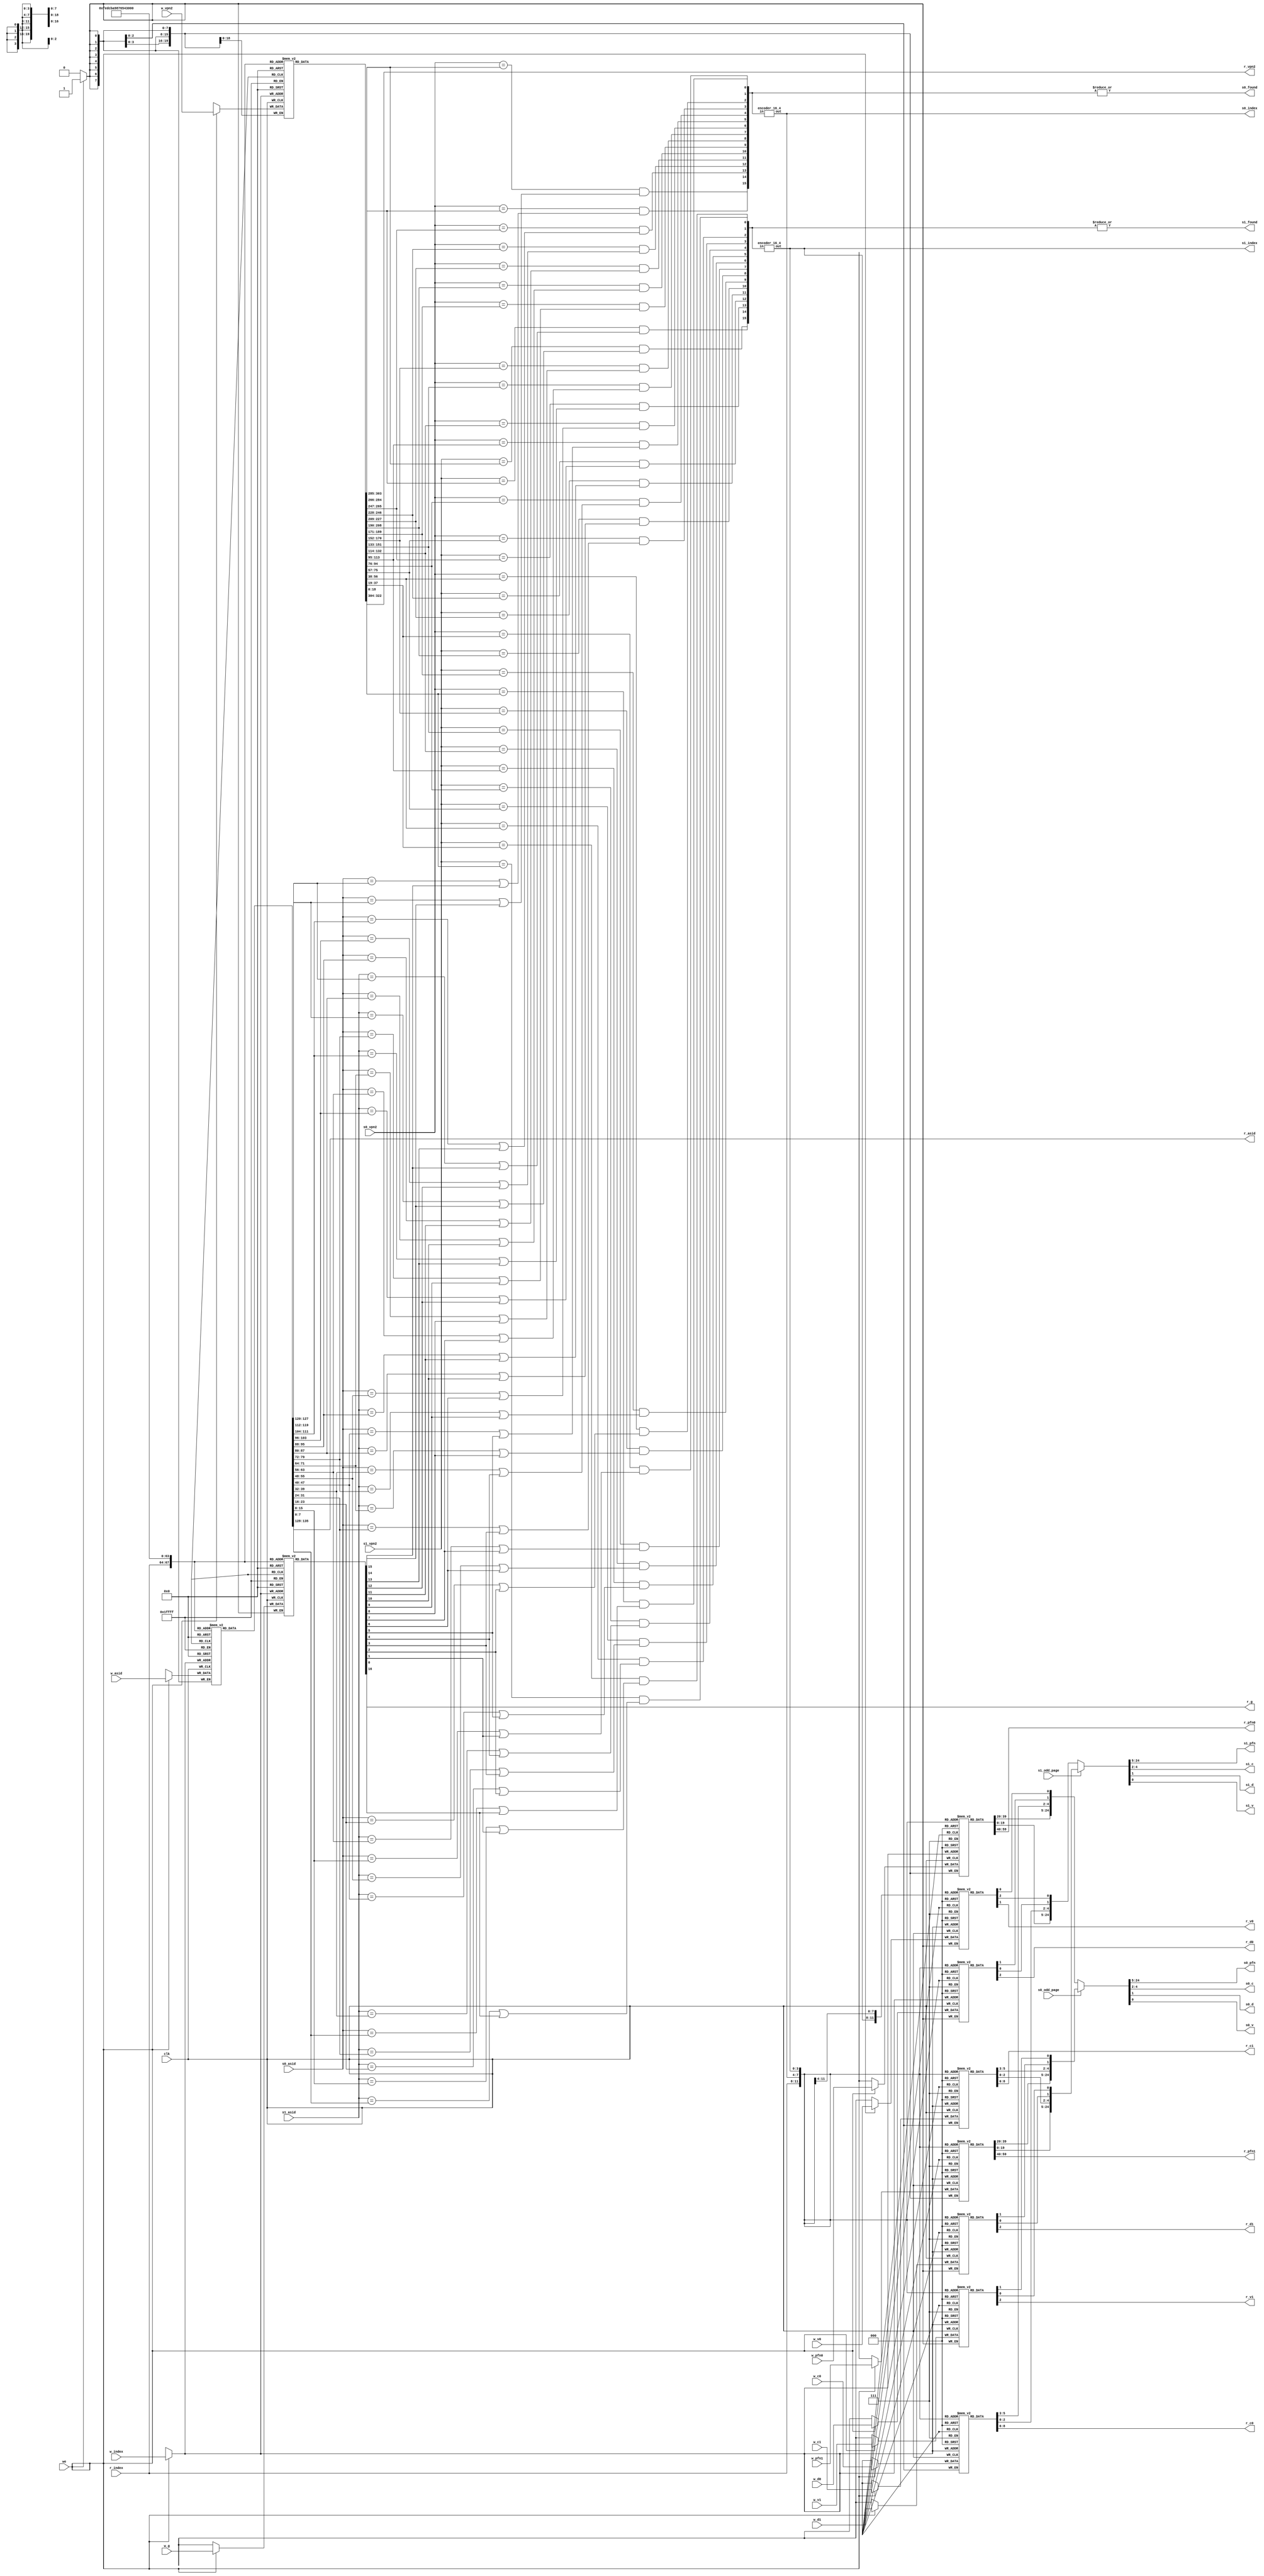
module tlb
#(parameter TLBNUM = 16)
(
    input                       clk        ,
    // search port 0
    input  [              18:0] s0_vpn2    ,
    input                       s0_odd_page,
    input  [               7:0] s0_asid    ,
    output                      s0_found   ,
    output [$clog2(TLBNUM)-1:0] s0_index   ,
    output [              19:0] s0_pfn     ,
    output [               2:0] s0_c       ,
    output                      s0_d       ,
    output                      s0_v       ,
    // search port 1
    input  [              18:0] s1_vpn2    ,
    input                       s1_odd_page,
    input  [               7:0] s1_asid    ,
    output                      s1_found   ,
    output [$clog2(TLBNUM)-1:0] s1_index   ,
    output [              19:0] s1_pfn     ,
    output [               2:0] s1_c       ,
    output                      s1_d       ,
    output                      s1_v       ,
    // write port
    input                       we         ,
    input  [$clog2(TLBNUM)-1:0] w_index    ,
    input  [              18:0] w_vpn2     ,
    input  [               7:0] w_asid     ,
    input                       w_g        ,
    input  [              19:0] w_pfn0     ,
    input  [               2:0] w_c0       ,
    input                       w_d0       ,
    input                       w_v0       ,
    input  [              19:0] w_pfn1     ,
    input  [               2:0] w_c1       ,
    input                       w_d1       ,
    input                       w_v1       ,
    // read port
    input  [$clog2(TLBNUM)-1:0] r_index    ,
    output [              18:0] r_vpn2     ,
    output [               7:0] r_asid     ,
    output                      r_g        ,
    output [              19:0] r_pfn0     ,
    output [               2:0] r_c0       ,
    output                      r_d0       ,
    output                      r_v0       ,
    output [              19:0] r_pfn1     ,
    output [               2:0] r_c1       ,
    output                      r_d1       ,
    output                      r_v1      );

/* DECLARATION */

// TLB REGs
reg [               18:0] tlb_vpn2 [TLBNUM-1:0];
reg [                7:0] tlb_asid [TLBNUM-1:0];
reg                       tlb_g    [TLBNUM-1:0];
reg [               19:0] tlb_pfn0 [TLBNUM-1:0]; // even entry
reg [                2:0] tlb_c0   [TLBNUM-1:0];
reg                       tlb_d0   [TLBNUM-1:0];
reg                       tlb_v0   [TLBNUM-1:0];
reg [               19:0] tlb_pfn1 [TLBNUM-1:0]; // odd entry
reg [                2:0] tlb_c1   [TLBNUM-1:0];
reg                       tlb_d1   [TLBNUM-1:0];
reg                       tlb_v1   [TLBNUM-1:0];
// sp0
wire [        TLBNUM-1:0] s_match0;
wire [$clog2(TLBNUM)-1:0] s_index0;
// sp1
wire [        TLBNUM-1:0] s_match1;
wire [$clog2(TLBNUM)-1:0] s_index1;

/* LOGIC */

// sp0
assign s0_found =|s_match0;
assign s0_index = s_index0;
assign {s0_pfn, s0_c, s0_d, s0_v}
                = s0_odd_page ? {tlb_pfn1[s_index0],
                                 tlb_c1  [s_index0],
                                 tlb_d1  [s_index0],
                                 tlb_v1  [s_index0]}
                              : {tlb_pfn0[s_index0],
                                 tlb_c0  [s_index0],
                                 tlb_d0  [s_index0],
                                 tlb_v0  [s_index0]};

// sp1
assign s1_found =|s_match1;
assign s1_index = s_index1;
assign {s1_pfn, s1_c, s1_d, s1_v}
                = s1_odd_page ? {tlb_pfn1[s_index1],
                                 tlb_c1  [s_index1],
                                 tlb_d1  [s_index1],
                                 tlb_v1  [s_index1]}
                              : {tlb_pfn0[s_index1],
                                 tlb_c0  [s_index1],
                                 tlb_d0  [s_index1],
                                 tlb_v0  [s_index1]};

// wp
always @(posedge clk) begin
    if (we) begin
        tlb_vpn2[w_index] <= w_vpn2;
        tlb_asid[w_index] <= w_asid;
        tlb_g   [w_index] <= w_g   ;
        tlb_pfn0[w_index] <= w_pfn0; // even
        tlb_c0  [w_index] <= w_c0  ;
        tlb_d0  [w_index] <= w_d0  ;
        tlb_v0  [w_index] <= w_v0  ;
        tlb_pfn1[w_index] <= w_pfn1; // odd
        tlb_c1  [w_index] <= w_c1  ;
        tlb_d1  [w_index] <= w_d1  ;
        tlb_v1  [w_index] <= w_v1  ;
    end
end

// rp
assign {r_vpn2, r_asid, r_g} = {
        tlb_vpn2[r_index],
        tlb_asid[r_index],
        tlb_g   [r_index]
};
assign {r_pfn0, r_c0, r_d0, r_v0,
        r_pfn1, r_c1, r_d1, r_v1} = {
        tlb_pfn0[r_index], // even
        tlb_c0  [r_index],
        tlb_d0  [r_index],
        tlb_v0  [r_index],
        tlb_pfn1[r_index], // odd
        tlb_c1  [r_index],
        tlb_d1  [r_index],
        tlb_v1  [r_index]
};

/* Enc & Dec */
// sp0
assign s_match0 = {
    (s0_vpn2==tlb_vpn2[15]) && ((s0_asid==tlb_asid[15]) || tlb_g[15]),
    (s0_vpn2==tlb_vpn2[14]) && ((s0_asid==tlb_asid[14]) || tlb_g[14]),
    (s0_vpn2==tlb_vpn2[13]) && ((s0_asid==tlb_asid[13]) || tlb_g[13]),
    (s0_vpn2==tlb_vpn2[12]) && ((s0_asid==tlb_asid[12]) || tlb_g[12]),
    (s0_vpn2==tlb_vpn2[11]) && ((s0_asid==tlb_asid[11]) || tlb_g[11]),
    (s0_vpn2==tlb_vpn2[10]) && ((s0_asid==tlb_asid[10]) || tlb_g[10]),
    (s0_vpn2==tlb_vpn2[ 9]) && ((s0_asid==tlb_asid[ 9]) || tlb_g[ 9]),
    (s0_vpn2==tlb_vpn2[ 8]) && ((s0_asid==tlb_asid[ 8]) || tlb_g[ 8]),
    (s0_vpn2==tlb_vpn2[ 7]) && ((s0_asid==tlb_asid[ 7]) || tlb_g[ 7]),
    (s0_vpn2==tlb_vpn2[ 6]) && ((s0_asid==tlb_asid[ 6]) || tlb_g[ 6]),
    (s0_vpn2==tlb_vpn2[ 5]) && ((s0_asid==tlb_asid[ 5]) || tlb_g[ 5]),
    (s0_vpn2==tlb_vpn2[ 4]) && ((s0_asid==tlb_asid[ 4]) || tlb_g[ 4]),
    (s0_vpn2==tlb_vpn2[ 3]) && ((s0_asid==tlb_asid[ 3]) || tlb_g[ 3]),
    (s0_vpn2==tlb_vpn2[ 2]) && ((s0_asid==tlb_asid[ 2]) || tlb_g[ 2]),
    (s0_vpn2==tlb_vpn2[ 1]) && ((s0_asid==tlb_asid[ 1]) || tlb_g[ 1]),
    (s0_vpn2==tlb_vpn2[ 0]) && ((s0_asid==tlb_asid[ 0]) || tlb_g[ 0])
};
encoder_16_4 u_enc0(.in(s_match0), .out(s_index0));
// sp1
assign s_match1 = {
    (s1_vpn2==tlb_vpn2[15]) && ((s1_asid==tlb_asid[15]) || tlb_g[15]),
    (s1_vpn2==tlb_vpn2[14]) && ((s1_asid==tlb_asid[14]) || tlb_g[14]),
    (s1_vpn2==tlb_vpn2[13]) && ((s1_asid==tlb_asid[13]) || tlb_g[13]),
    (s1_vpn2==tlb_vpn2[12]) && ((s1_asid==tlb_asid[12]) || tlb_g[12]),
    (s1_vpn2==tlb_vpn2[11]) && ((s1_asid==tlb_asid[11]) || tlb_g[11]),
    (s1_vpn2==tlb_vpn2[10]) && ((s1_asid==tlb_asid[10]) || tlb_g[10]),
    (s1_vpn2==tlb_vpn2[ 9]) && ((s1_asid==tlb_asid[ 9]) || tlb_g[ 9]),
    (s1_vpn2==tlb_vpn2[ 8]) && ((s1_asid==tlb_asid[ 8]) || tlb_g[ 8]),
    (s1_vpn2==tlb_vpn2[ 7]) && ((s1_asid==tlb_asid[ 7]) || tlb_g[ 7]),
    (s1_vpn2==tlb_vpn2[ 6]) && ((s1_asid==tlb_asid[ 6]) || tlb_g[ 6]),
    (s1_vpn2==tlb_vpn2[ 5]) && ((s1_asid==tlb_asid[ 5]) || tlb_g[ 5]),
    (s1_vpn2==tlb_vpn2[ 4]) && ((s1_asid==tlb_asid[ 4]) || tlb_g[ 4]),
    (s1_vpn2==tlb_vpn2[ 3]) && ((s1_asid==tlb_asid[ 3]) || tlb_g[ 3]),
    (s1_vpn2==tlb_vpn2[ 2]) && ((s1_asid==tlb_asid[ 2]) || tlb_g[ 2]),
    (s1_vpn2==tlb_vpn2[ 1]) && ((s1_asid==tlb_asid[ 1]) || tlb_g[ 1]),
    (s1_vpn2==tlb_vpn2[ 0]) && ((s1_asid==tlb_asid[ 0]) || tlb_g[ 0])
};
encoder_16_4 u_enc1(.in(s_match1), .out(s_index1));

endmodule

/* tools(later move to tool.v) */
module encoder_16_4(
    input  [15:0] in,
    output [ 3:0] out
);

assign out = {4{in[ 0]}} & 4'h0
           | {4{in[ 1]}} & 4'h1
           | {4{in[ 2]}} & 4'h2
           | {4{in[ 3]}} & 4'h3
           | {4{in[ 4]}} & 4'h4
           | {4{in[ 5]}} & 4'h5
           | {4{in[ 6]}} & 4'h6
           | {4{in[ 7]}} & 4'h7
           | {4{in[ 8]}} & 4'h8
           | {4{in[ 9]}} & 4'h9
           | {4{in[10]}} & 4'ha
           | {4{in[11]}} & 4'hb
           | {4{in[12]}} & 4'hc
           | {4{in[13]}} & 4'hd
           | {4{in[14]}} & 4'he
           | {4{in[15]}} & 4'hf;

endmodule